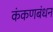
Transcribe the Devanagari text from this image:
कंकणबंधन